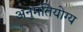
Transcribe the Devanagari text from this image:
अनुमतियोग्य